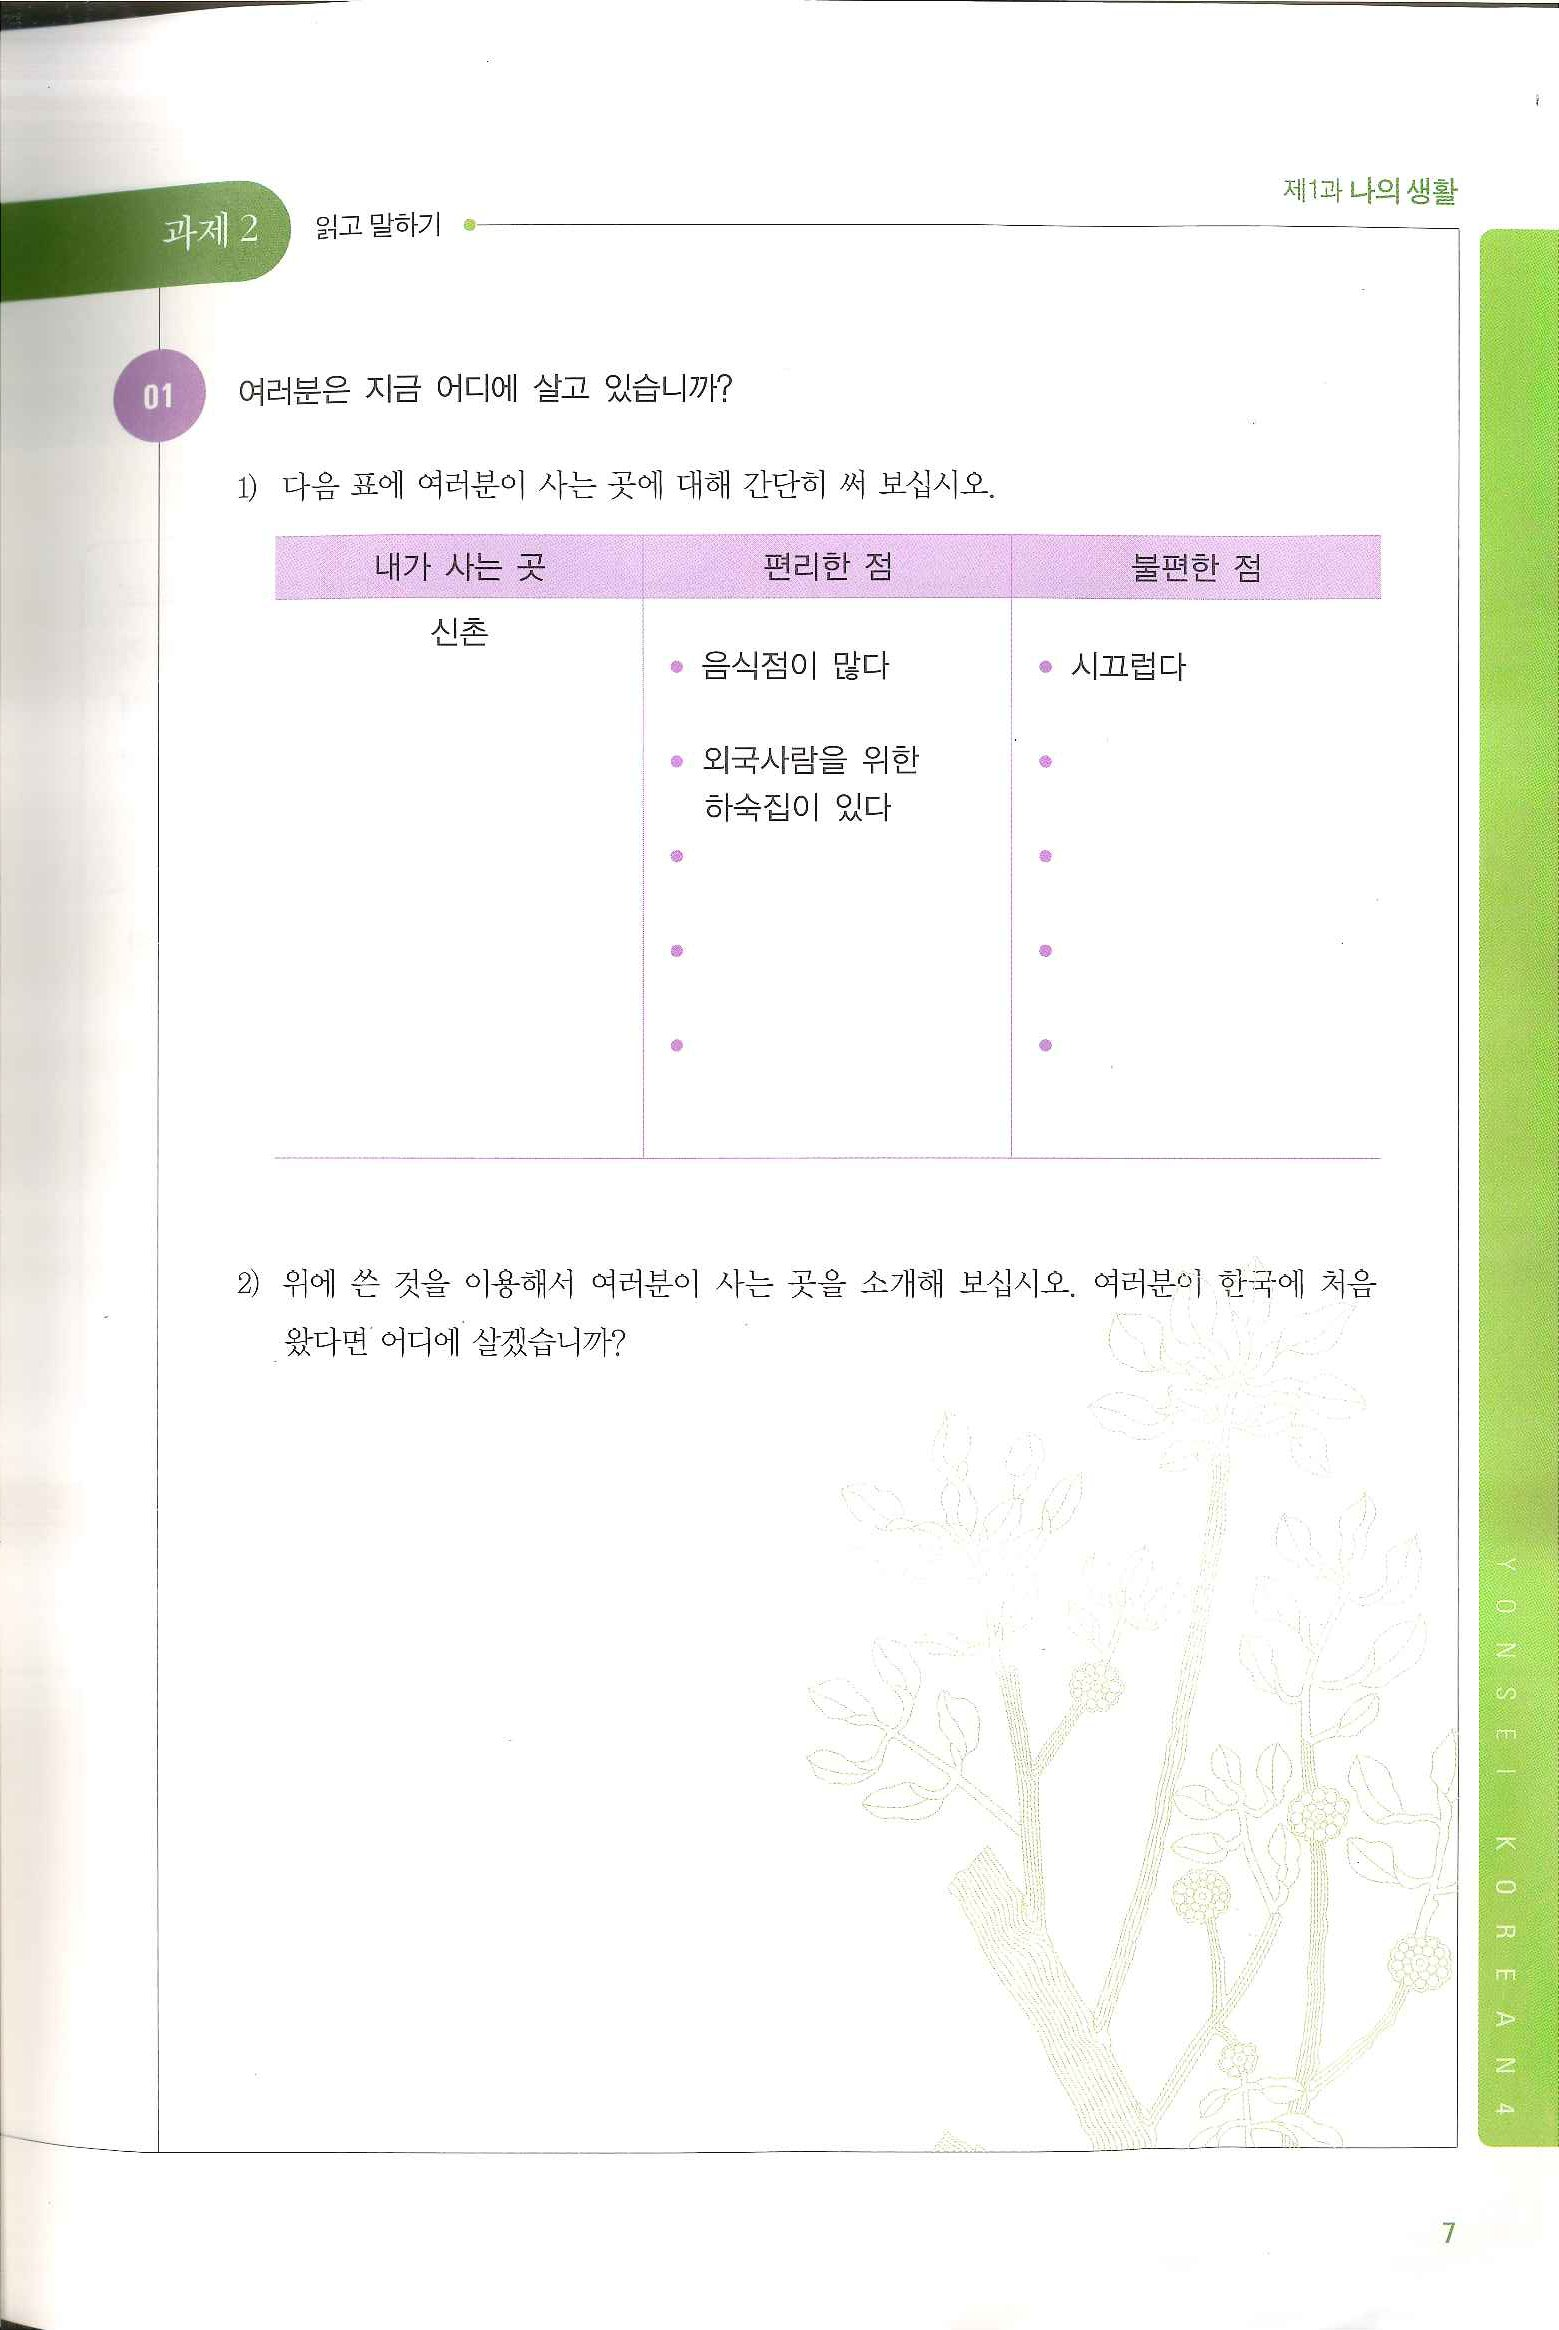
Language: ko